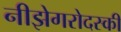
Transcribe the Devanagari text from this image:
नीझेगरोदस्की